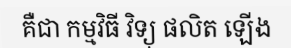
គឺជា កម្មវិធី វិទ្យុ ផលិត ឡើង